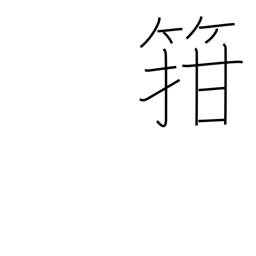
Meaning: fit into